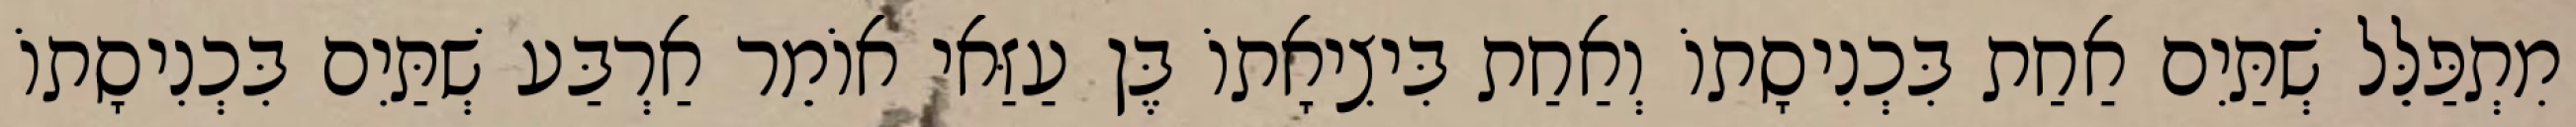
מִתְפַּלֵּל שְׁתַּיִם אַחַת בִּכְנִיסָתוֹ וְאַחַת בִּיצִיאָתוֹ בֶּן עַזַּאי אוֹמֵר אַרְבַּע שְׁתַּיִם בִּכְנִיסָתוֹ